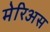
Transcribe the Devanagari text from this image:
मेरिअस